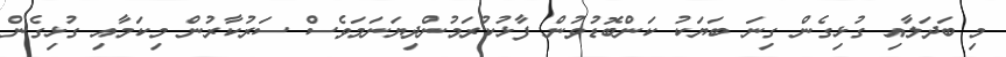
މި ބަދަލާއި ގުޅިގެން ގިނަ ބަޔަކު ކަންބޮޑުވުން ފާޅުކުރަމުންދިޔަނަމަވެސް ސަރުކާރުން މިކަމާއި ގުޅިގެން